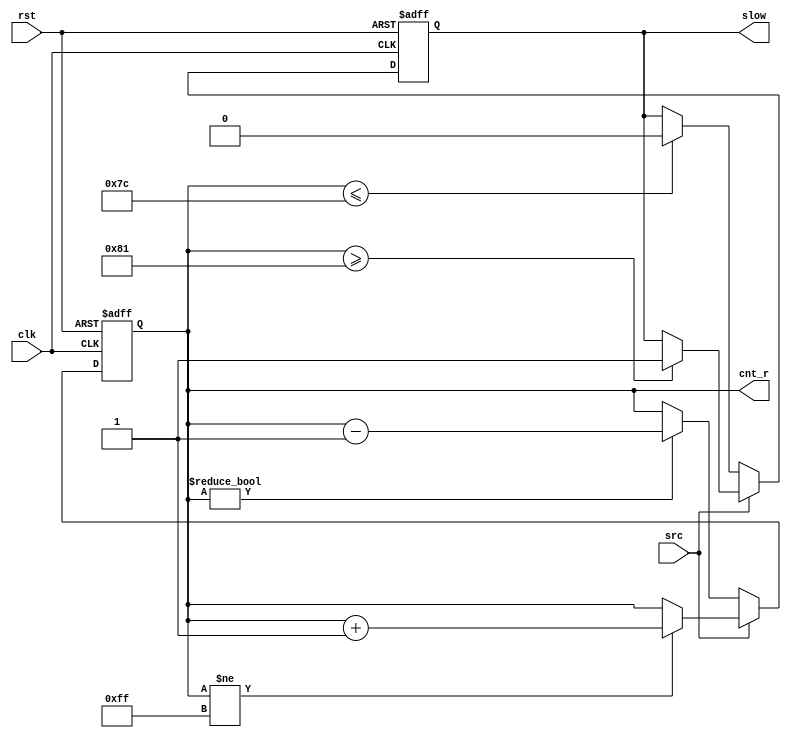
module slow_signal(clk, rst, src, slow, cnt_r);
input   clk;
input   rst;
input   src;
output  slow;
output  [$clog2(RATIO)-1:0] cnt_r;

parameter RATIO = 256;

reg  [$clog2(RATIO)-1:0] cnt_r;
reg                      slow_r;

//00000
//00001
//00010
//00011
//00100
//00101
//00110
//00111
//01000
//01001
//01010
//01011
//01100 <--
//01101 
//01110 <--
//01111 
//10000 
//10001 <--
//10010 
//10011 <--
//10100 
//10101 
//10110 
//10111 
//11000
//11001
//11010
//11011
//11100
//11101
//11110
//11111


assign slow = slow_r;

always @ (posedge clk or posedge rst) begin
  if (rst) begin
    cnt_r        <= 0;
	 slow_r       <= 0;
  end
  else begin
    if (src) begin
	   if (cnt_r != {$clog2(RATIO){1'b1}}) begin
		  cnt_r    <= cnt_r + 1;
		end
		// Schmidt trigger
		if (cnt_r >= {1'b1, {$clog2(RATIO)-3{1'b0}}, 2'b1}) begin
		  slow_r   <= 1;
		end
	 end
	 else begin
	   if (cnt_r != {$clog2(RATIO){1'b0}}) begin
		  cnt_r    <= cnt_r - 1;
		end
		// Schmidt trigger
		if (cnt_r <= {1'b0, {$clog2(RATIO)-3{1'b1}}, 2'b0}) begin
		  slow_r   <= 0;
		end
	 end
  end
end

endmodule